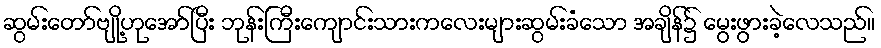
ဆွမ်းတော်ဗျို့ဟုအော်ပြီး ဘုန်းကြီးကျောင်းသားကလေးများဆွမ်းခံသော အချိန်၌ မွေးဖွားခဲ့လေသည်။